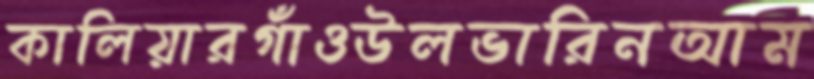
কালিয়ারগাঁওউলভারিনআম